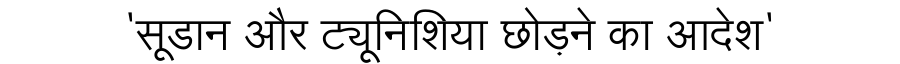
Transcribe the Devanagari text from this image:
'सूडान और ट्यूनिशिया छोड़ने का आदेश'